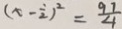
( x - \frac { 1 } { 2 } ) ^ { 2 } = \frac { 9 7 } { 4 }